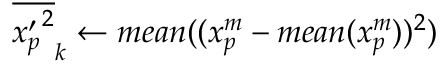
{ \overline { { { x _ { p } ^ { \prime } } ^ { 2 } } } } _ { k } \gets m e a n ( ( x _ { p } ^ { m } - m e a n ( x _ { p } ^ { m } ) ) ^ { 2 } )